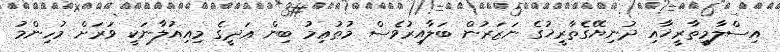
އިސްލާމީތާރީޚާއި ދުނިޔޭގެތާރީޚުގެ ނަޒަރުން ބަލާއިރުވެސް މުޠުޢިމު ބިން ޢަދީގެ މިއިއުލާނަކީ ވަރަށް މުހިންމު